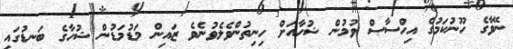
ނޭވާގެ ހޫނުކަމުގެ އިހްސާސް ވުމުން ޝުހާއަށް ހިނިތުންވެލެވުނެވެ ޒައިން މަޑުމަޑުން ޝުހާގެ ބަނޑުގައި